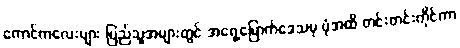
ကောင်ကလေးများ ပြည်သူအများတွင် အရှေ့မြောက်ဒေသမှ ပုံအထိ တင်းတင်းကိုင်ကာ